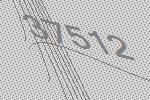
37512